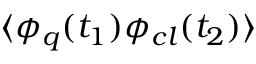
\langle \phi _ { q } ( t _ { 1 } ) \phi _ { c l } ( t _ { 2 } ) \rangle